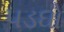
પડઘો